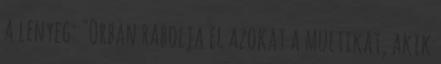
a lenyeg: "Orban rabolja el azokat a multikat, akik